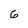
Character: 6